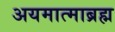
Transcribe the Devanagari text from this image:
अयमात्माब्रह्म